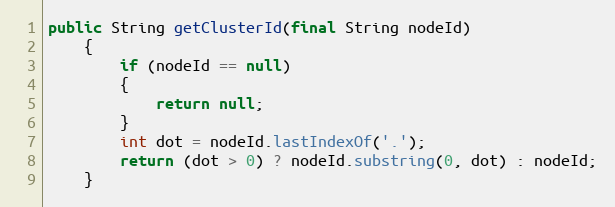
Language: Java
public String getClusterId(final String nodeId)
    {
        if (nodeId == null)
        {
            return null;
        }
        int dot = nodeId.lastIndexOf('.');
        return (dot > 0) ? nodeId.substring(0, dot) : nodeId;
    }